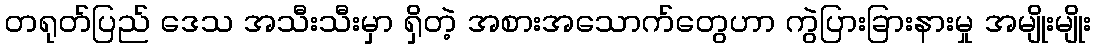
တရုတ်ပြည် ဒေသ အသီးသီးမှာ ရှိတဲ့ အစားအသောက်တွေဟာ ကွဲပြားခြားနားမှု အမျိုးမျိုး